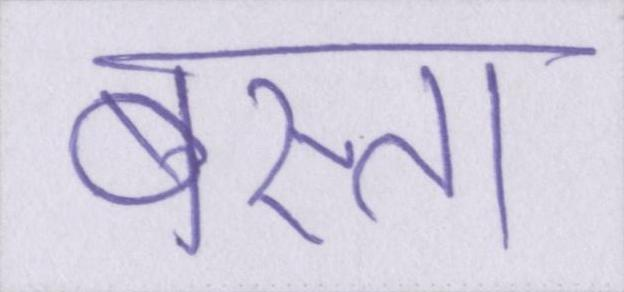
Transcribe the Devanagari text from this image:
बस्ता